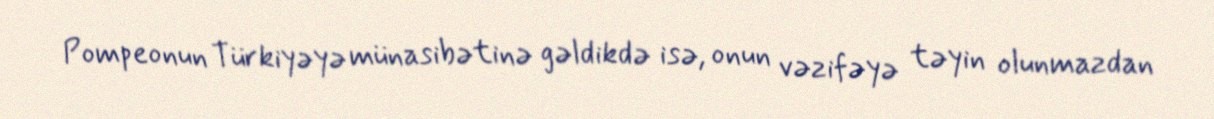
Pompeonun Türkiyəyə münasibətinə gəldikdə isə, onun vəzifəyə təyin olunmazdan